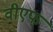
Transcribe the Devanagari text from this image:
वीएफ